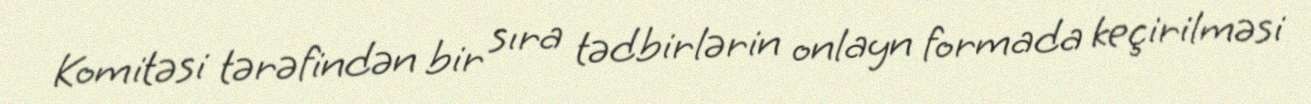
Komitəsi tərəfindən bir sıra tədbirlərin onlayn formada keçirilməsi